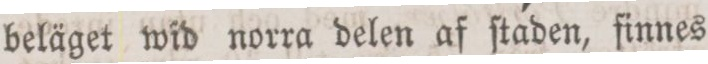
beläget wid norra delen af ſtaden, finnes